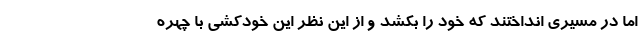
اما در مسیری انداختند که خود را بکُشد و از این نظر این خودکشی با چهره